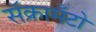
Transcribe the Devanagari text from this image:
सॅक्रामँटो